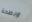
وبصحة